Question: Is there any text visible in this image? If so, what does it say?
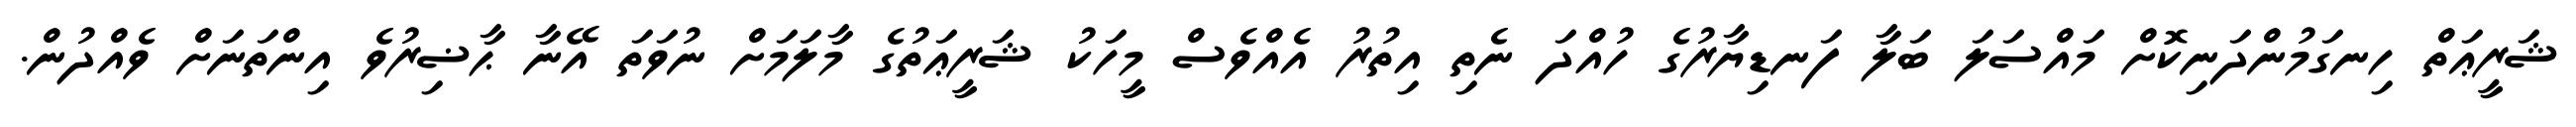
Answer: ޝަރީޢަތް ހިނގަމުންދަނިކޮށް މައްސަލަ ބަލާ ފަނޑިޔާރުގެ ހުއްދަ ނެތި އިތުރު އެއްވެސް މީހަކު ޝަރީޢަތުގެ މާލަމަށް ނުވަތަ އޭނާ ޙާޟިރުވެ އިންތަނަށް ވެއްދުން.